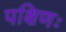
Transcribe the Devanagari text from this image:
पक्षिणः